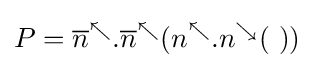
P={\overline {n}}^{\nwarrow }.{\overline {n}}^{\nwarrow }(n^{\nwarrow }.n^{\searrow }(~))